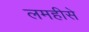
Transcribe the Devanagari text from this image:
लमहीसे